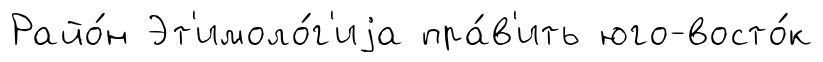
Райо́н Эт'имоло́г'иjа пра́в'ить юго-восто́к